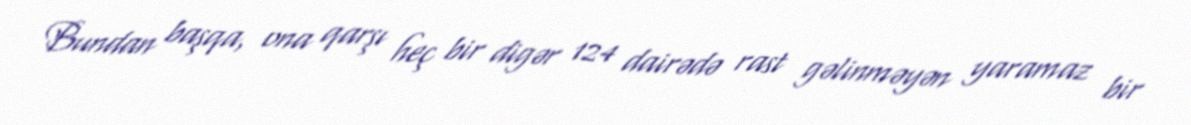
Bundan başqa, ona qarşı heç bir digər 124 dairədə rast gəlinməyən yaramaz bir